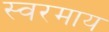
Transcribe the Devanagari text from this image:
स्वरमाय